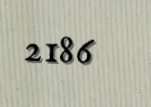
2186